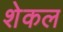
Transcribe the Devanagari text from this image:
शेकल